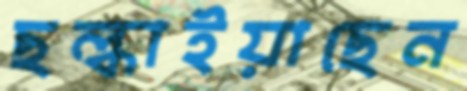
ছল্‌কাইয়াছেন